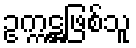
ဥက္ကဋ္ဌဖြစ်သူ